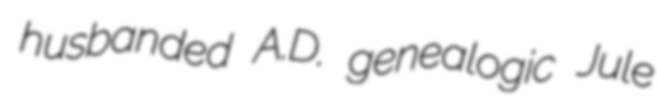
husbanded A.D. genealogic Jule